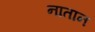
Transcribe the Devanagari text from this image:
नातान